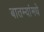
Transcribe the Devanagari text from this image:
बातम्यांमधे